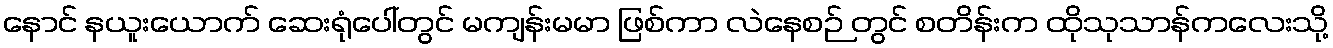
နောင် နယူးယောက် ဆေးရုံပေါ်တွင် မကျန်းမမာ ဖြစ်ကာ လဲနေစဉ် တွင် စတိန်းက ထိုသုသာန်ကလေးသို့